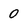
Character: 0